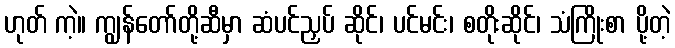
ဟုတ် ကဲ့။ ကျွန်တော်တို့ဆီမှာ ဆံပင်ညှပ် ဆိုင်၊ ပင်မင်း၊ စတိုးဆိုင်၊ သံကြိုးစာ ပို့တဲ့